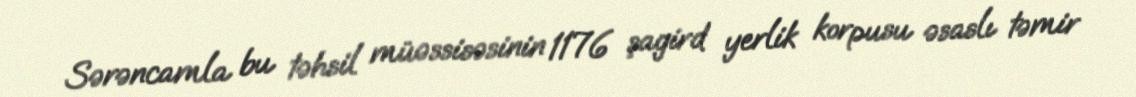
Sərəncamla bu təhsil müəssisəsinin 1176 şagird yerlik korpusu əsaslı təmir